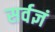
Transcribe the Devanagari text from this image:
सर्वज्ञं